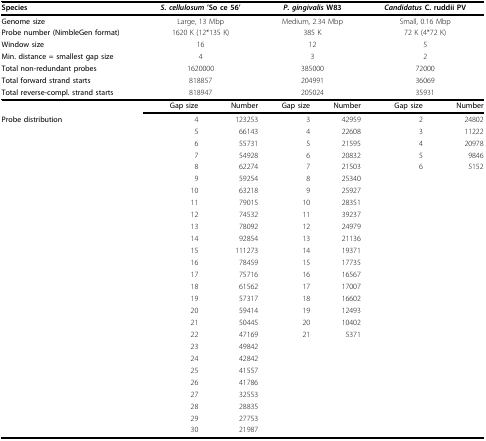
<table><thead><tr><td><b>Species</b></td><td colspan="2"><b><i>S. cellulosum </i>&#x27;So ce 56&#x27;</b></td><td colspan="2"><b><i>P. gingivalis </i>W83</b></td><td colspan="2"><b><i>Candidatus </i>C. ruddii PV</b></td></tr></thead><tbody><tr><td><b>Genome size</b></td><td colspan="2">Large, 13 Mbp</td><td colspan="2">Medium, 2.34 Mbp</td><td colspan="2">Small, 0.16 Mbp</td></tr><tr><td><b>Probe number (NimbleGen format)</b></td><td colspan="2">1620 K (12*135 K)</td><td colspan="2">385 K</td><td colspan="2">72 K (4*72 K)</td></tr><tr><td><b>Window size</b></td><td colspan="2">16</td><td colspan="2">12</td><td colspan="2">5</td></tr><tr><td><b>Min. distance = smallest gap size</b></td><td colspan="2">4</td><td colspan="2">3</td><td colspan="2">2</td></tr><tr><td><b>Total non-redundant probes</b></td><td colspan="2">1620000</td><td colspan="2">385000</td><td colspan="2">72000</td></tr><tr><td><b>Total forward strand starts</b></td><td colspan="2">818857</td><td colspan="2">204991</td><td colspan="2">36069</td></tr><tr><td><b>Total reverse-compl. strand starts</b></td><td colspan="2">818947</td><td colspan="2">205024</td><td colspan="2">35931</td></tr><tr><td></td><td><b>Gap size</b></td><td><b>Number</b></td><td><b>Gap size</b></td><td><b>Number</b></td><td><b>Gap size</b></td><td><b>Number</b></td></tr><tr><td><b>Probe distribution</b></td><td>4</td><td>123253</td><td>3</td><td>42959</td><td>2</td><td>24802</td></tr><tr><td></td><td>5</td><td>66143</td><td>4</td><td>22608</td><td>3</td><td>11222</td></tr><tr><td></td><td>6</td><td>55731</td><td>5</td><td>21595</td><td>4</td><td>20978</td></tr><tr><td></td><td>7</td><td>54928</td><td>6</td><td>20832</td><td>5</td><td>9846</td></tr><tr><td></td><td>8</td><td>62274</td><td>7</td><td>21503</td><td>6</td><td>5152</td></tr><tr><td></td><td>9</td><td>59254</td><td>8</td><td>25340</td><td></td><td></td></tr><tr><td></td><td>10</td><td>63218</td><td>9</td><td>25927</td><td></td><td></td></tr><tr><td></td><td>11</td><td>79015</td><td>10</td><td>28351</td><td></td><td></td></tr><tr><td></td><td>12</td><td>74532</td><td>11</td><td>39237</td><td></td><td></td></tr><tr><td></td><td>13</td><td>78092</td><td>12</td><td>24979</td><td></td><td></td></tr><tr><td></td><td>14</td><td>92854</td><td>13</td><td>21136</td><td></td><td></td></tr><tr><td></td><td>15</td><td>111273</td><td>14</td><td>19371</td><td></td><td></td></tr><tr><td></td><td>16</td><td>78459</td><td>15</td><td>17735</td><td></td><td></td></tr><tr><td></td><td>17</td><td>75716</td><td>16</td><td>16567</td><td></td><td></td></tr><tr><td></td><td>18</td><td>61562</td><td>17</td><td>17007</td><td></td><td></td></tr><tr><td></td><td>19</td><td>57317</td><td>18</td><td>16602</td><td></td><td></td></tr><tr><td></td><td>20</td><td>59414</td><td>19</td><td>12493</td><td></td><td></td></tr><tr><td></td><td>21</td><td>50445</td><td>20</td><td>10402</td><td></td><td></td></tr><tr><td></td><td>22</td><td>47169</td><td>21</td><td>5371</td><td></td><td></td></tr><tr><td></td><td>23</td><td>49842</td><td></td><td></td><td></td><td></td></tr><tr><td></td><td>24</td><td>42842</td><td></td><td></td><td></td><td></td></tr><tr><td></td><td>25</td><td>41557</td><td></td><td></td><td></td><td></td></tr><tr><td></td><td>26</td><td>41786</td><td></td><td></td><td></td><td></td></tr><tr><td></td><td>27</td><td>32553</td><td></td><td></td><td></td><td></td></tr><tr><td></td><td>28</td><td>28835</td><td></td><td></td><td></td><td></td></tr><tr><td></td><td>29</td><td>27753</td><td></td><td></td><td></td><td></td></tr><tr><td></td><td>30</td><td>21987</td><td></td><td></td><td></td><td></td></tr></tbody></table>